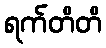
ရက်တိတိ